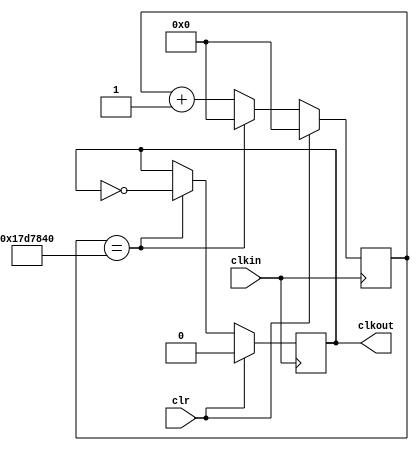
`timescale 1ns / 1ps
//////////////////////////////////////////////////////////////////////////////////
// Company: 
// Engineer: 
// 
// Design Name: 
// Module Name:    Frequency_Divider 
// Project Name: 
// Target Devices: 
// Tool versions: 
// Description: 
//
// Dependencies: 
//
// Revision: 
// Revision 0.01 - File Created
// Additional Comments: 
//
//////////////////////////////////////////////////////////////////////////////////
module Frequency_Divider(
    input clkin,
    input clr,
    output reg clkout
    );
	 
	 reg [31:0] cnt;
	 	 
	 initial begin
		cnt <= 32'd0;
		clkout <= 1'b0;
	 end
	 
	 always@ (posedge clkin) begin
		if(clr) begin
			cnt <= 32'd0;
			clkout <= 1'b0;
	
		end
		else if(cnt == 32'd25000000) begin //32'd25000000
			cnt <= 32'd0;
			clkout <= ~clkout;
		end
		else begin
			cnt <= cnt + 1'b1;
		end
	end
endmodule